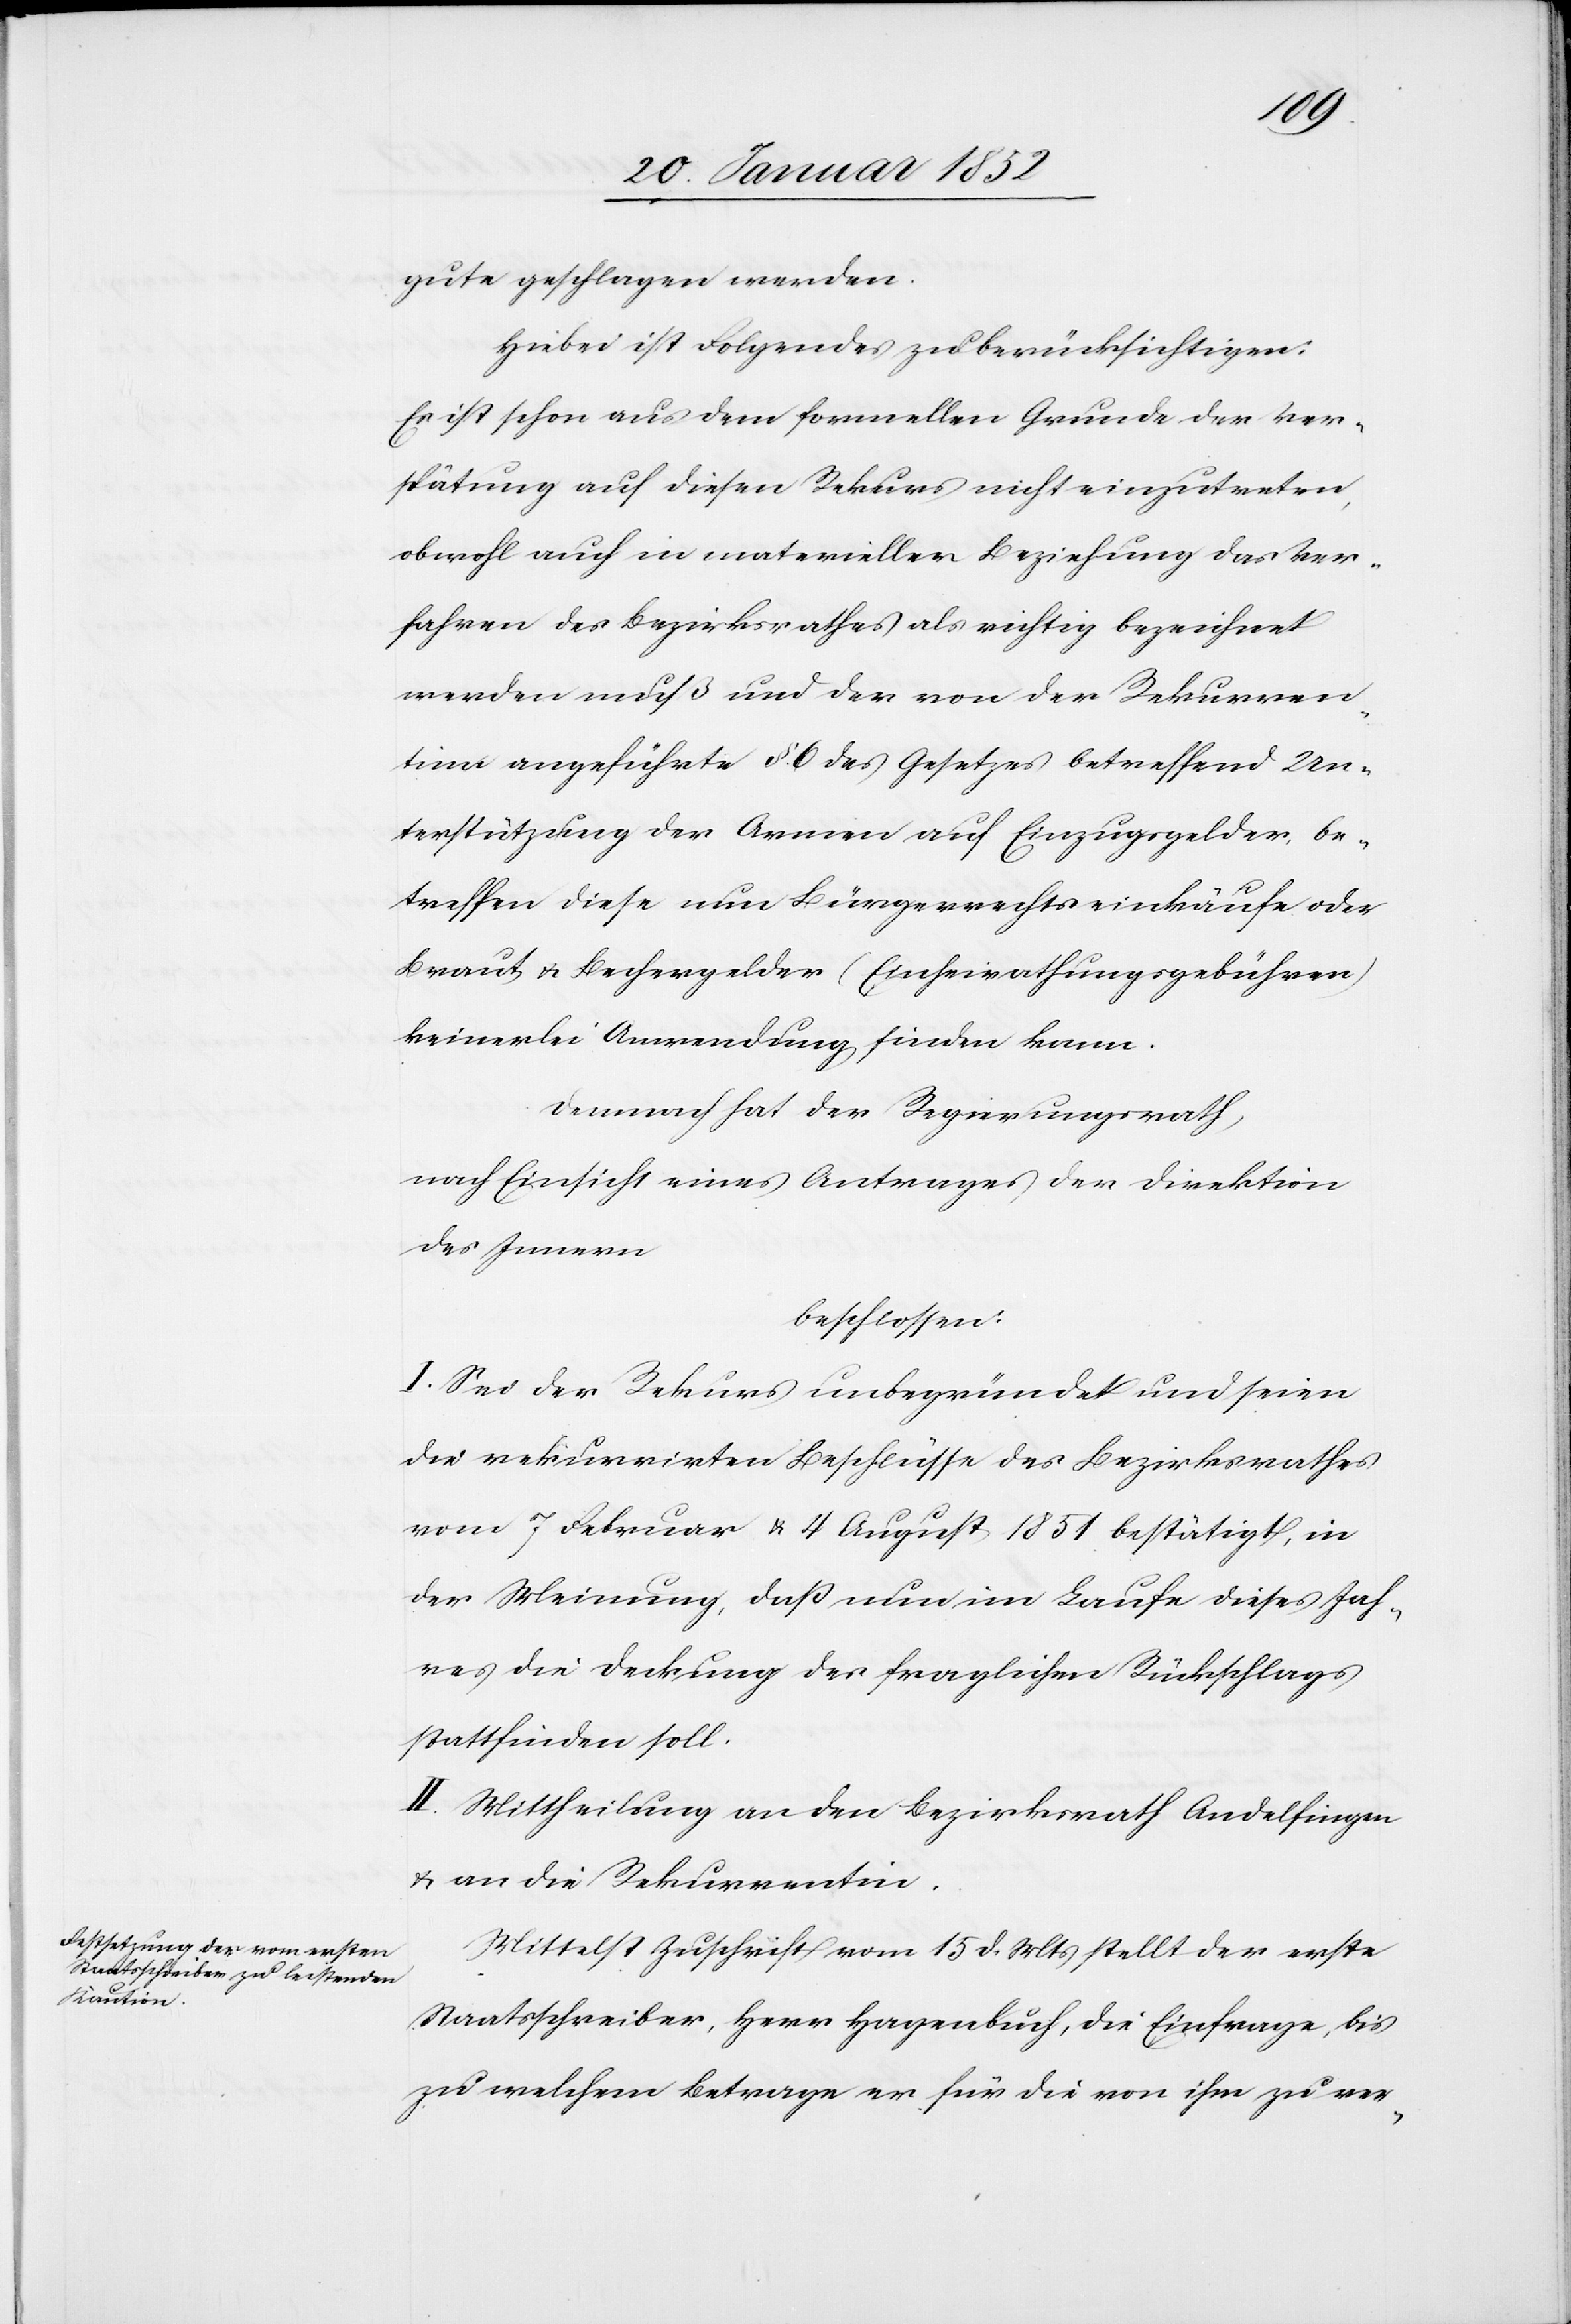
gute geschlagen werden.
Hiebei ist Folgendes zu berücksichtigen:
Es ist schon aus dem formellen Grunde der Ver¬
spätung auf diesen Rekurs nicht einzutreten,
obwohl auch in materieller Beziehung das Ver¬
fahren des Bezirksrathes als richtig bezeichnet
werden muß und der von der Rekurren¬
tinn angeführte §. 6 des Gesetzes betreffend Un¬
terstützung der Armen auf Einzugsgelder, be¬
treffen diese nun Bürgerrechtseinkäufe oder
Braut u. Bechergelder (Einheirathungsgebühren)
keinerlei Anwendung finden kann.
Demnach hat der Regierungsrath,
nach Einsicht eines Antrages der Direktion
des Innern
beschlossen:
I. Sei der Rekurs unbegründet und seien
die rekurrierenden Beschlüsse des Bezirksrathes
vom 7 Februar u. 4 August 1851 bestätigt, in
der Meinung, daß nun im Laufe dieses Jah¬
res die Deckung der fraglichen Rückstellung
stattfinden soll.
II. Mittheilung an den Bezirksrath Andelfingen
u. an die Rekurrentin.
Mittelst Zuschrift vom 15 d. Mts stellt der erste
Staatsschreiber, Herr Hagenbuch, die Einfrage, bis
zu welchem Betrage er für die von ihm zu ver-